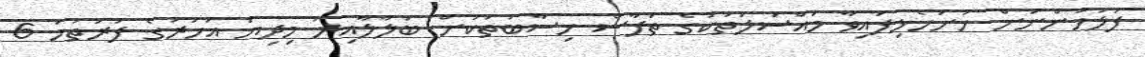
ފުލުހުންނަށް ހުށަހެޅިފައިވާ މައްސަލަތަކުގެ ތަފާސް ހިސާބުތަކަށް ބަލާލާއިރު މިދިޔަ އަހަރުގެ ފުރަތަމަ 6